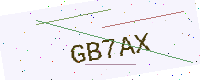
Text: GB7AX